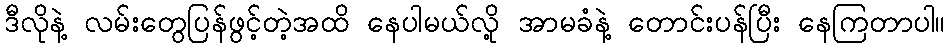
ဒီလိုနဲ့ လမ်းတွေပြန်ဖွင့်တဲ့အထိ နေပါမယ်လို့ အာမခံနဲ့ တောင်းပန်ပြီး နေကြတာပါ။